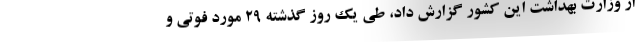
از وزارت بهداشت این کشور گزارش داد، طی یک روز گذشته ۲۹ مورد فوتی و